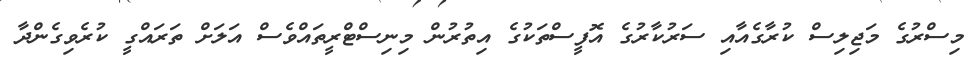
މިސްރުގެ މަޖިލިސް ކުރާގެއާއި ސަރުކާރުގެ އޮފީސްތަކުގެ އިތުރުން މިނިސްޓްރީތައްވެސް އަލަށް ތަރައްގީ ކުރެވިގެންދާ